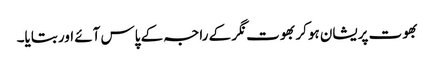
بھوت پریشان ہوکر بھوت نگر کے راجہ کے پاس آئے اور بتایا۔